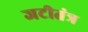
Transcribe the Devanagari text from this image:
जटीतंत्र